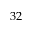
3 2